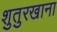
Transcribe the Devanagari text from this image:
शुतुरखाना